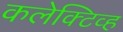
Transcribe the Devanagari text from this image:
कलेक्टिव्ह